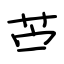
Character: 苎